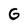
Character: G